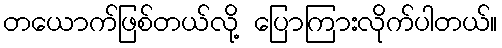
တယောက်ဖြစ်တယ်လို့ ပြောကြားလိုက်ပါတယ်။